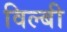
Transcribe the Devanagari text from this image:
विल्बी